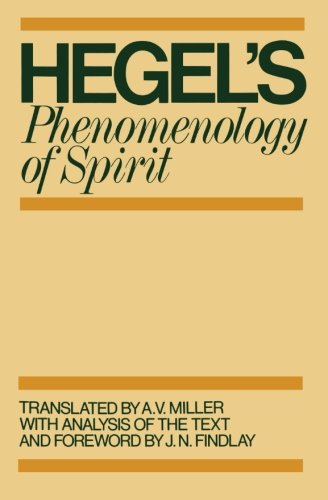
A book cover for Phenomenology of Spirit; G. W. F. Hegel; Politics & Social Sciences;